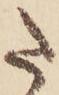
た